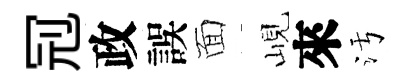
𠜍政誤面峴來污